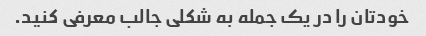
خودتان را در یک جمله به شکلی جالب معرفی کنید.